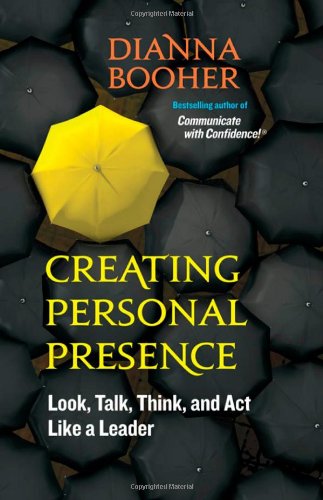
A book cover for Creating Personal Presence: Look, Talk, Think, and Act Like a Leader; Dianna Booher; Business & Money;